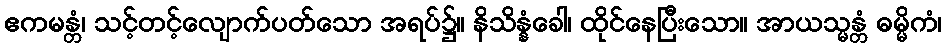
ဧကမန္တံ၊ သင့်တင့်လျောက်ပတ်သော အရပ်၌။ နိသိန္နံခေါ၊ ထိုင်နေပြီးသော။ အာယသ္မန္တံ ဓမ္မိကံ၊